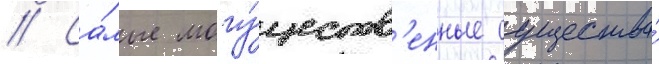
// Са́мые могу́ществ'енные существа́